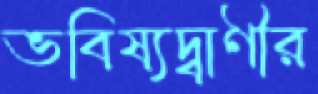
ভবিষ্যদ্বাণীর